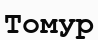
Томур